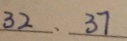
3 2 、 3 7